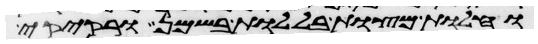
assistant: וחלות מצות בללות בשמן ורקיקי